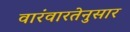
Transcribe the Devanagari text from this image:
वारंवारतेनुसार